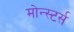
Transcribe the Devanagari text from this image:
मोन्स्टर्स